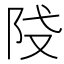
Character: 𨸽